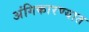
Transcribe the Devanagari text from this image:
अंगिकारण्यात